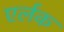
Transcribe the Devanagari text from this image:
एर्लक